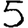
Digit: 5